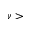
\nu >